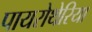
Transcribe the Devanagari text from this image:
पायरोथेरिया